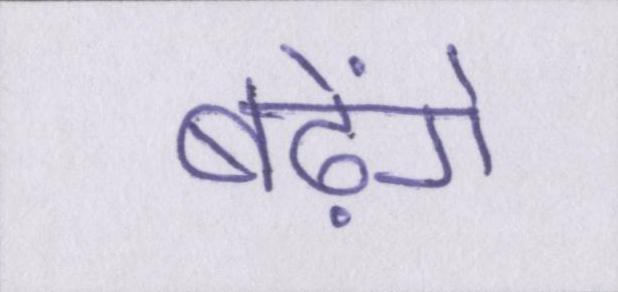
बढ़ेंगे